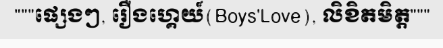
"""ផ្សេងៗ, រឿងហ្គេយ៍(Boys'Love), លិខិតមិត្ត"""